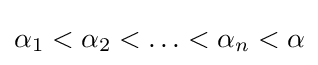
\alpha _{1}<\alpha _{2}<\ldots <\alpha _{n}<\alpha